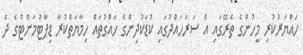
ހައްޔަރުކުރި މީހުންގެ ތެރޭގައި އެ ސަރަހައްދުގައި ކުޑަކުދިންގެ ހައްގުތައް ހިމާޔަތްކުރާ ޑިޕާޓުމަންޓުގެ ދެ